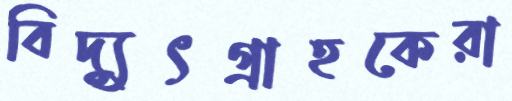
বিদ্যুৎগ্রাহকেরা